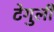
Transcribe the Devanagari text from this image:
टेगुली